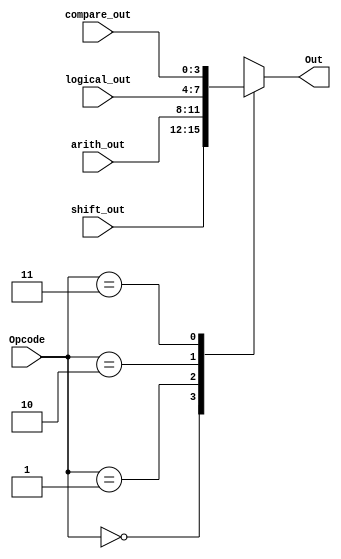
`timescale 1ns / 1ps
//////////////////////////////////////////////////////////////////////////////////
// Company: 
// Engineer: 
// 
// Design Name: 
// Module Name:    Multiplexer 
// Project Name: 
// Target Devices: 
// Tool versions: 
// Description: 
//
// Dependencies: 
//
// Revision: 
// Revision 0.01 - File Created
// Additional Comments: 
//
//////////////////////////////////////////////////////////////////////////////////
module MUX(Out, shift_out, arith_out, logical_out, compare_out, Opcode);
//output
output reg [3:0] Out;
//inputs
input [3:0] shift_out, arith_out, logical_out, compare_out;
input [3:2] Opcode;

//always
always@(*)
begin
	case(Opcode[3:2])
		2'b00 : Out = shift_out;
		2'b01 : Out = arith_out;
		2'b10 : Out = logical_out;
		2'b11 : Out = compare_out;
		endcase
end

//The - end
endmodule